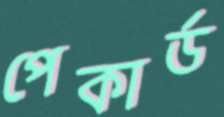
পেকার্ড